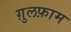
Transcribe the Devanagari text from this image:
ग़ुलफ़ाम